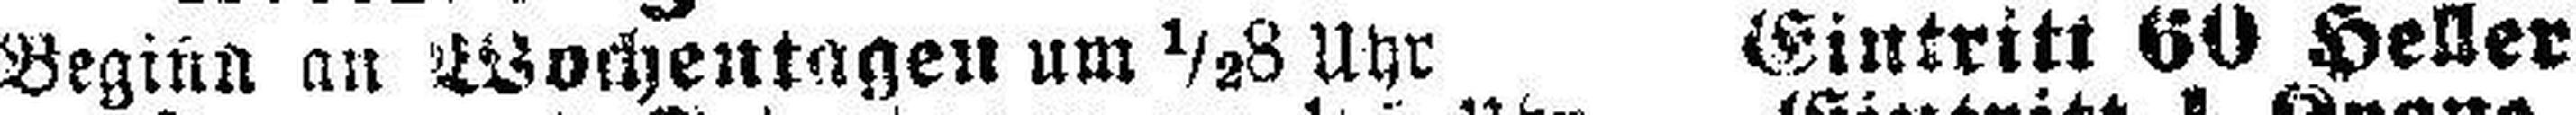
Beginn on Wochentagen um ½8 Uhr Eintritt 60 Heller